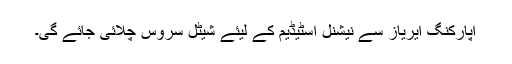
اپارکنگ ایریاز سے نیشنل اسٹیڈیم کے لیئے شیٹل سروس چلائی جائے گی۔